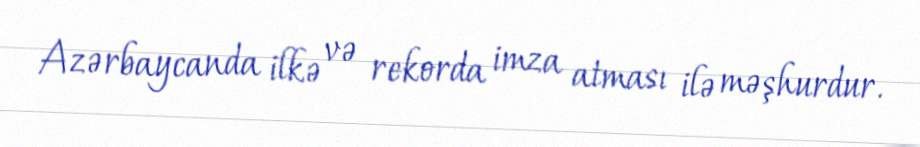
Azərbaycanda ilkə və rekorda imza atması ilə məşhurdur.